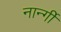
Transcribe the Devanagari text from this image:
नार्न्गी